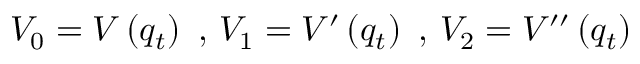
V _ { 0 } = V \left( q _ { t } \right) \mathrm { ~ , ~ } V _ { 1 } = V ^ { \prime } \left( q _ { t } \right) \mathrm { ~ , ~ } V _ { 2 } = V ^ { \prime \prime } \left( q _ { t } \right)